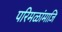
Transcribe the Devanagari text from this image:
परिमळांमाजि